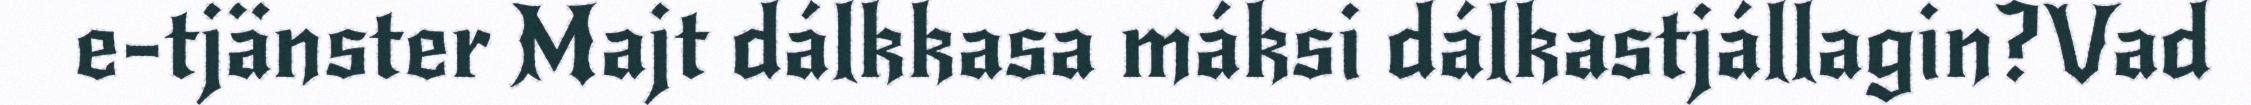
e-tjänster Majt dálkkasa máksi dálkastjállagin?Vad